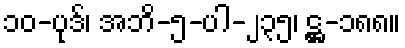
၁၀-ပုဒ်၊ အဘိ-၅-ပါ-၂၃၅၊ ဋ္ဌ-၁၈၈။